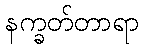
နက္ခတ်တာရာ